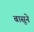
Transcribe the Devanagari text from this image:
बासूने